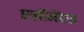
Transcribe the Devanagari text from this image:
एलीमेंटस